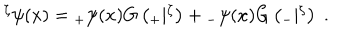
LaTeX: { } ^ { \zeta } \psi ( x ) = { } _ { + } \psi ( x ) G \left( { } _ { + } | { } ^ { \zeta } \right) + { } _ { - } \psi ( x ) G \left( { } _ { - } | { } ^ { \zeta } \right) \; .